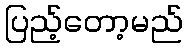
ပြည့်တော့မည်